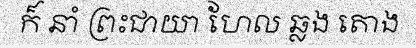
ក៏ នាំ ព្រះជាយា ហែល ឆ្លង តោង